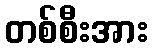
တစ်စီးအား